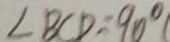
\angle B C D = 9 0 ^ { \circ } (